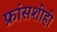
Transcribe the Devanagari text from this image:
फ्रांसशीही